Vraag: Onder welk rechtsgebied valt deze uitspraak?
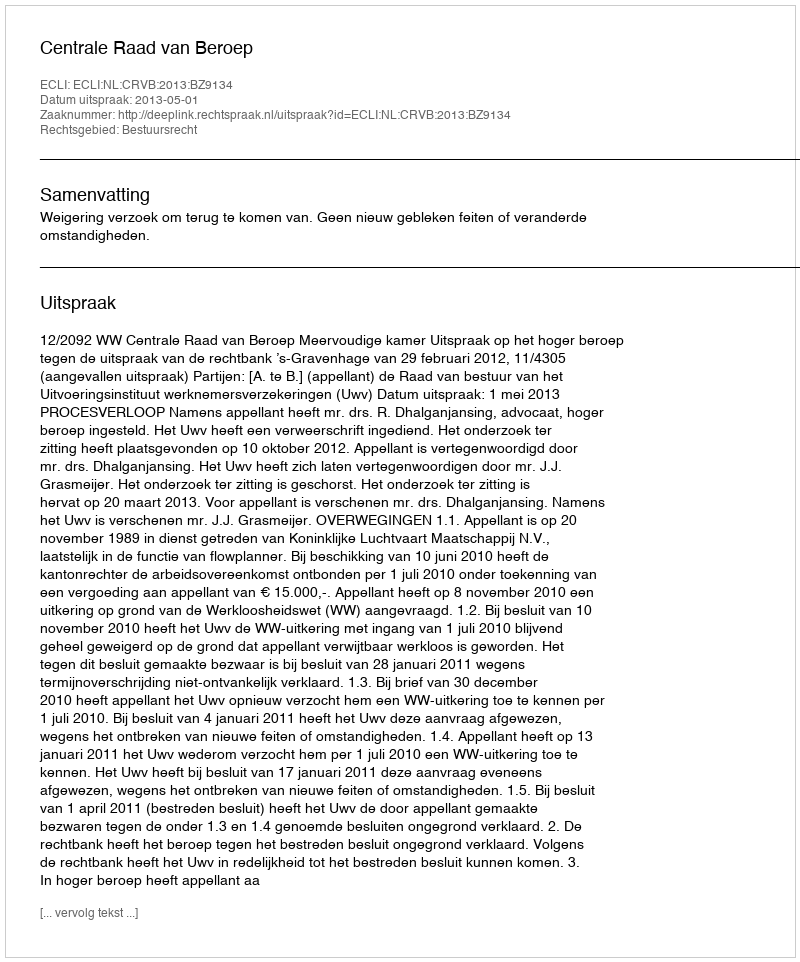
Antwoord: Bestuursrecht